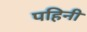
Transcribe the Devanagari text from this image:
पहिनी